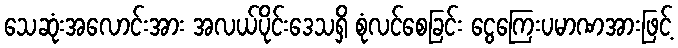
သေဆုံးအလောင်းအား အလယ်ပိုင်းဒေသရှိ စုံလင်စေခြင်း ငွေကြေးပမာဏအားဖြင့်